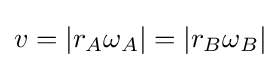
v=|r_{A}\omega _{A}|=|r_{B}\omega _{B}|